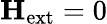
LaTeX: \mathbf{H}_{\mathrm{ext}}=0